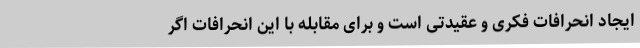
ایجاد انحرافات فکری و عقیدتی است و برای مقابله با این انحرافات اگر